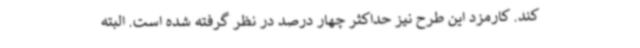
کند. کارمزد این طرح نیز حداکثر چهار درصد در نظر گرفته شده است. البته